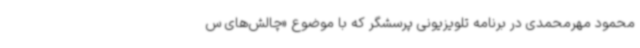
محمود مهرمحمدی در برنامه تلویزیونی پرسشگر که با موضوع «چالش‌های س